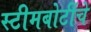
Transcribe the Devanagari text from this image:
स्टीमबोटींचे